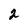
Character: 2